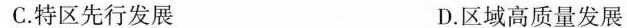
C.特区先行发展 D.区域高质量发展